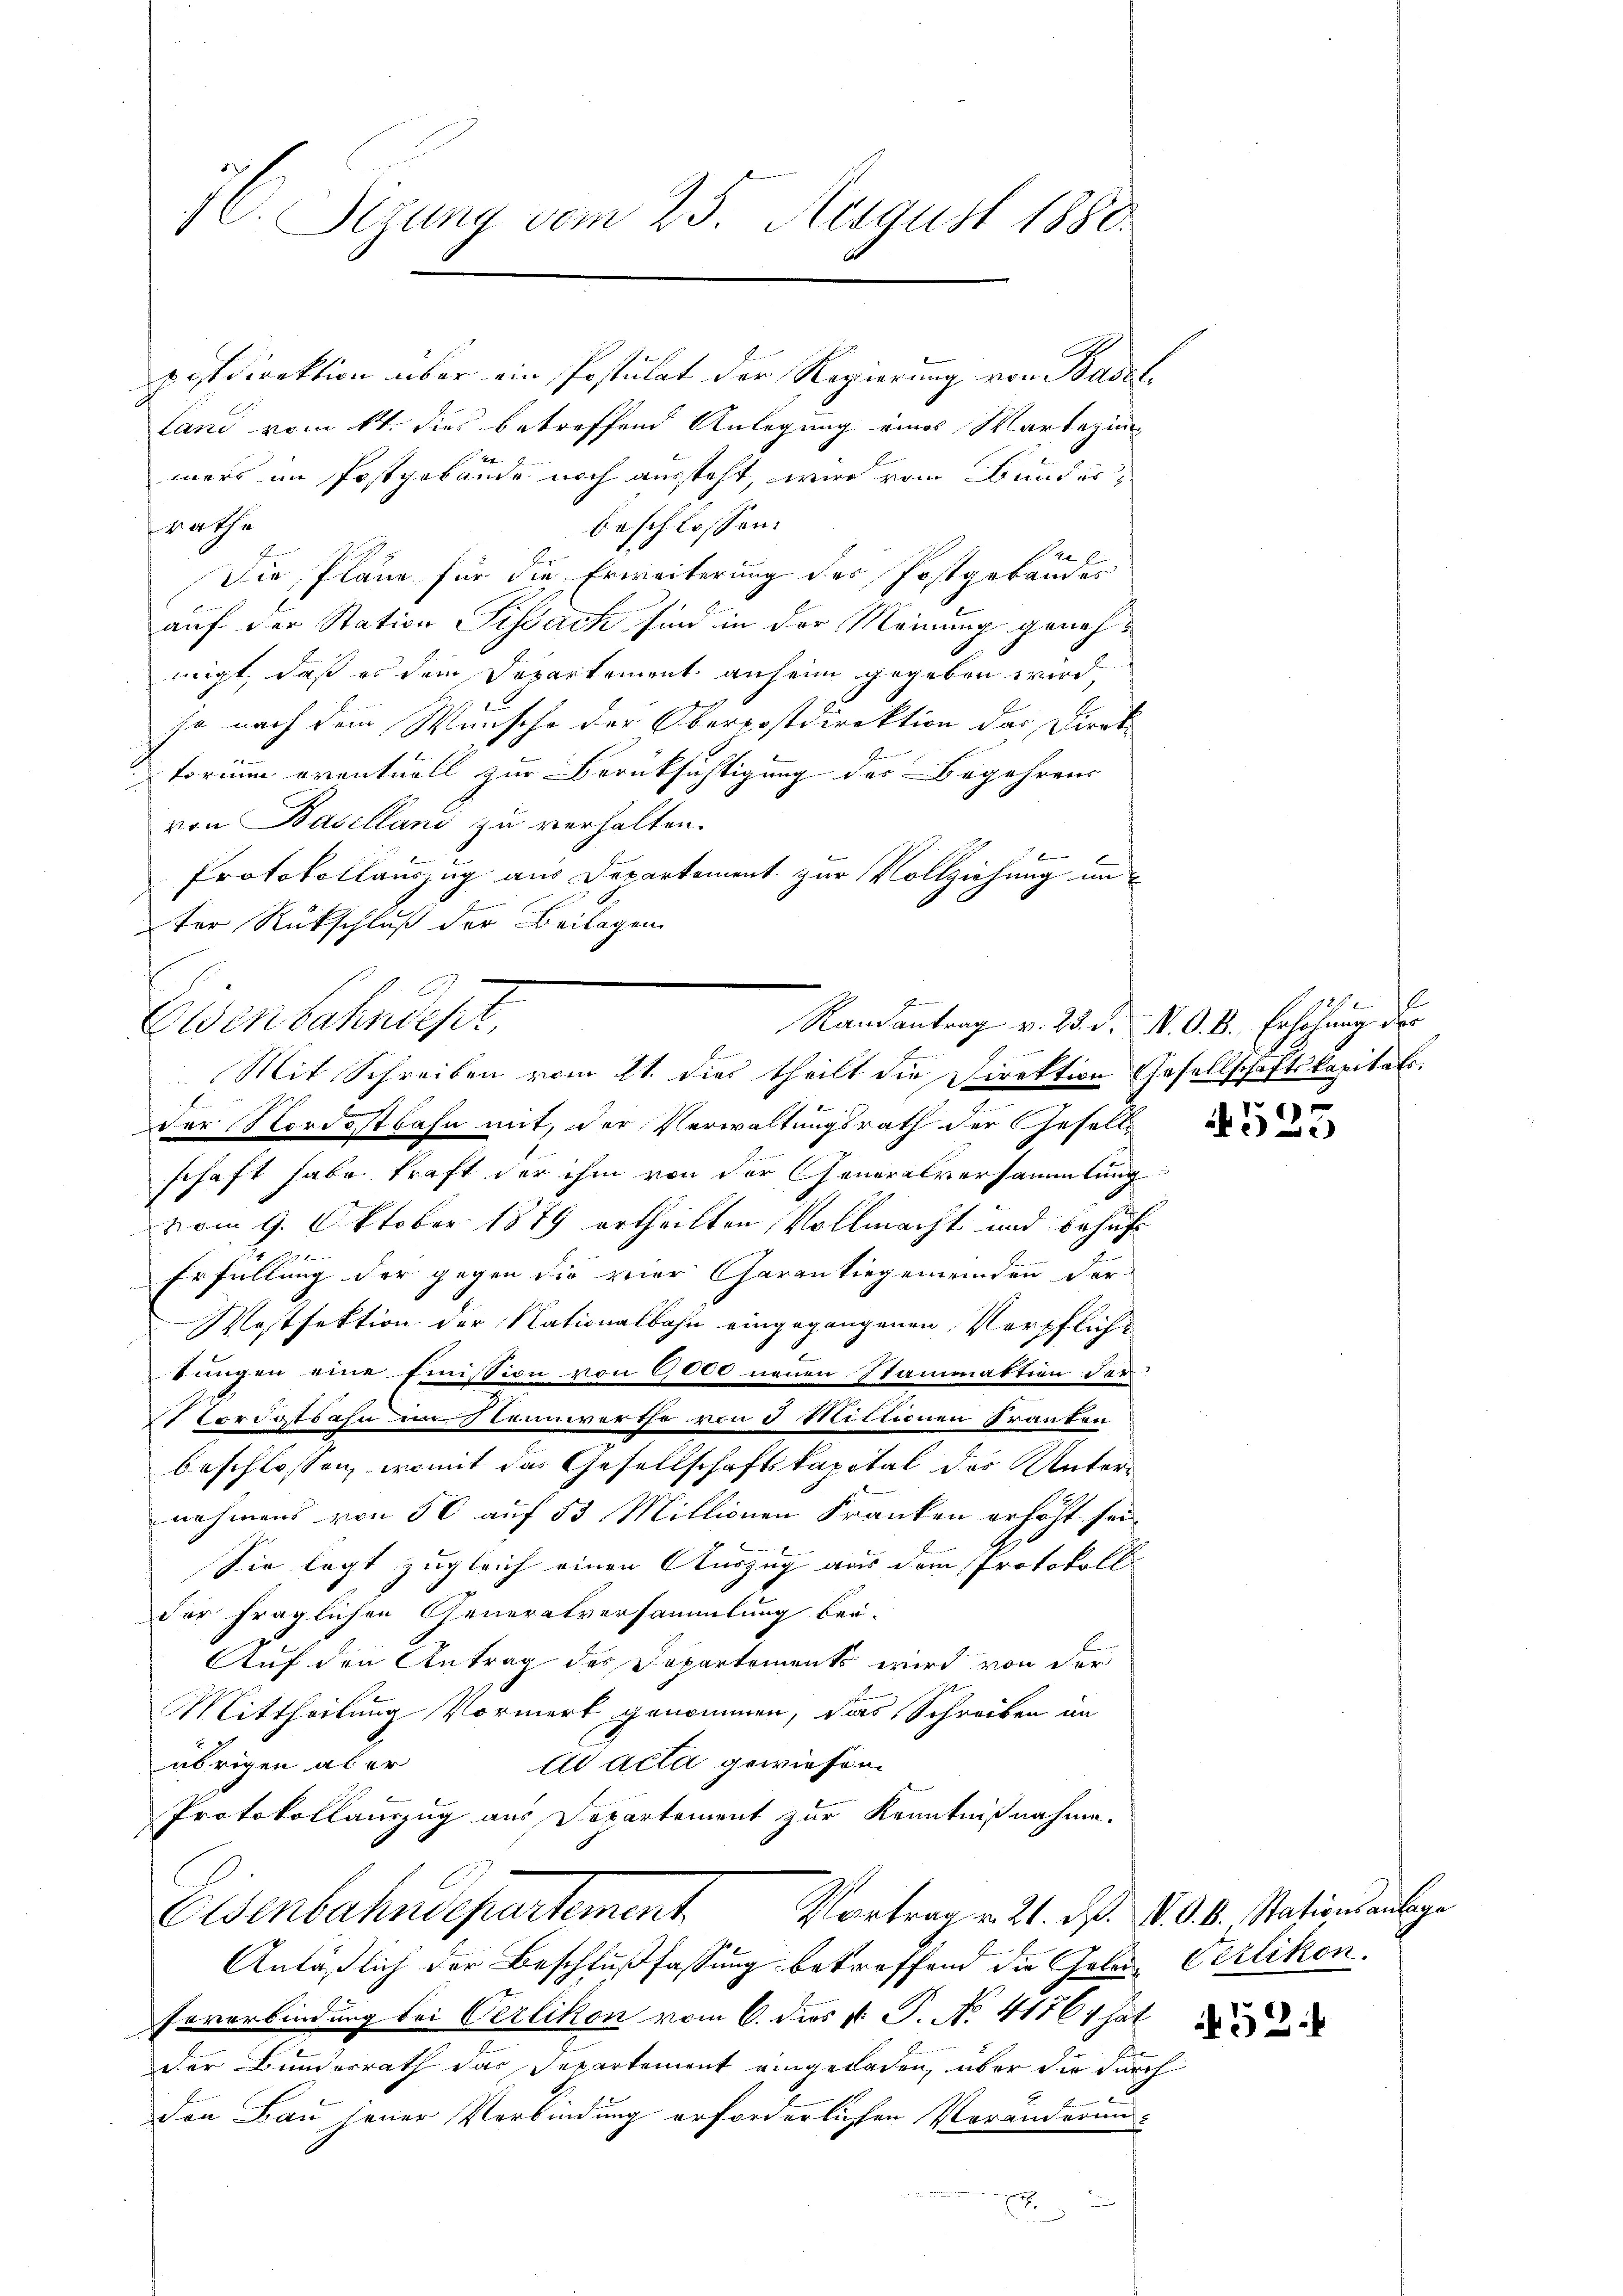
7C. Sizung vom 25. August 1850

postdirektion über ein Postulat der Regierung von Baselland vom 11. dies betreffend Anlegung eines Martezin
mers im Postgebäude noch aussteht, wird vom Bunder,
beschlossen:
Rathe
e
Die Pläne für die Erweiterung der Postgebäudes
auf der Station Sipach sind in der Meinung genehmigt, daß es dem Departement anheim gegeben wird,
je nach dem Wunsche der Oberpostdirektion das Direk
torium eventuell zur Berüksichtigung des Begehrens
von Baselland zu verhalten.
Protokollauszug aus Departement zur Vollziehung un
F
ter Rückschluß der Beilagen
Eisenbahndept,
Mit Schreiben vom 21. dies theilt die Direktion Gesellschaftskapitals.
der Nordostbahn mit, der Verwaltungsrath der Gesells
schaft habe kraft der ihm von der Generalversammlung
vom 9. Oktober 1879 ertheilten Vollmacht und behufs
Erfüllung der gegen die vier Garantiegemeinden der¬
Wostfaktion der Nationalbahn eingegangenen Verpfliche
tungen eine Eimission von 6000 neuen Stammaktion der
Cordostbahn im Nonnwerthe von 3 Mittionen Franten
beschlossen, womit das Gesellschaftskapital des Unternehmens von 50 auf 53 Millionen Franken erhöht sei.
Sie legt zugleich einen Auszug aus dem Protokoll
der fraglichen Generalversammlung bei-
Auf den Antrag des Departements wird von der
Mittheilung Vormerk genommen, das Schreiben an
ad acta gewiesen.
übrigen aber
Protokollauszug aus Departement zur Kenntnißnahme.
Eisenbahndepartement. Vortrag v. 24. d. d. d. k. Nation ausge
Anläßlich der Beschlußfassung betreffend die Gelen Verlikon.
severbindung bei Oerlikon vom 6. dies v. J. No. 41761 hat
der Bundesrath das Departement eingeladen, über die durch
den Bau jener Verbindung erforderlichen Veränderung¬
.

z
Ranantrag v. 23. d. N. O. B. Erhöhung der

4523

52.